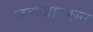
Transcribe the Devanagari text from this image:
जहाजावरून